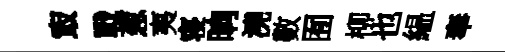
㝡戰葱夷寝晌澆數囿柳也緼奉